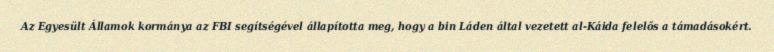
Az Egyesült Államok kormánya az FBI segítségével állapította meg, hogy a bin Láden által vezetett al-Káida felelős a támadásokért.